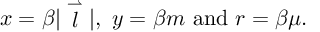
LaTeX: x = \beta | \stackrel { \rightharpoonup } { l } | , \ y = \beta m \ \mathrm { a n d } \ r = \beta \mu .